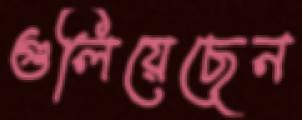
গুলিয়েছেন